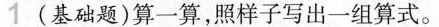
1 (基础题)算一算，照样子写出一组算式。